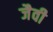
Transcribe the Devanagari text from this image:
जैवी